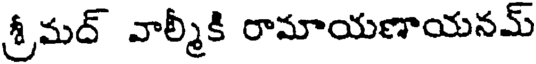
శ్రీమద్ వాల్మీకి రామాయణాయనమ్